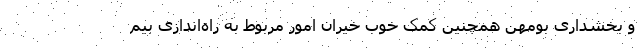
و بخشداری بومهن همچنین کمک خوب خیران امور مربوط به راه‌اندازی بیم